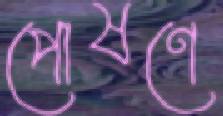
পোষণে